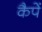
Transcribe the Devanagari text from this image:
कैपें